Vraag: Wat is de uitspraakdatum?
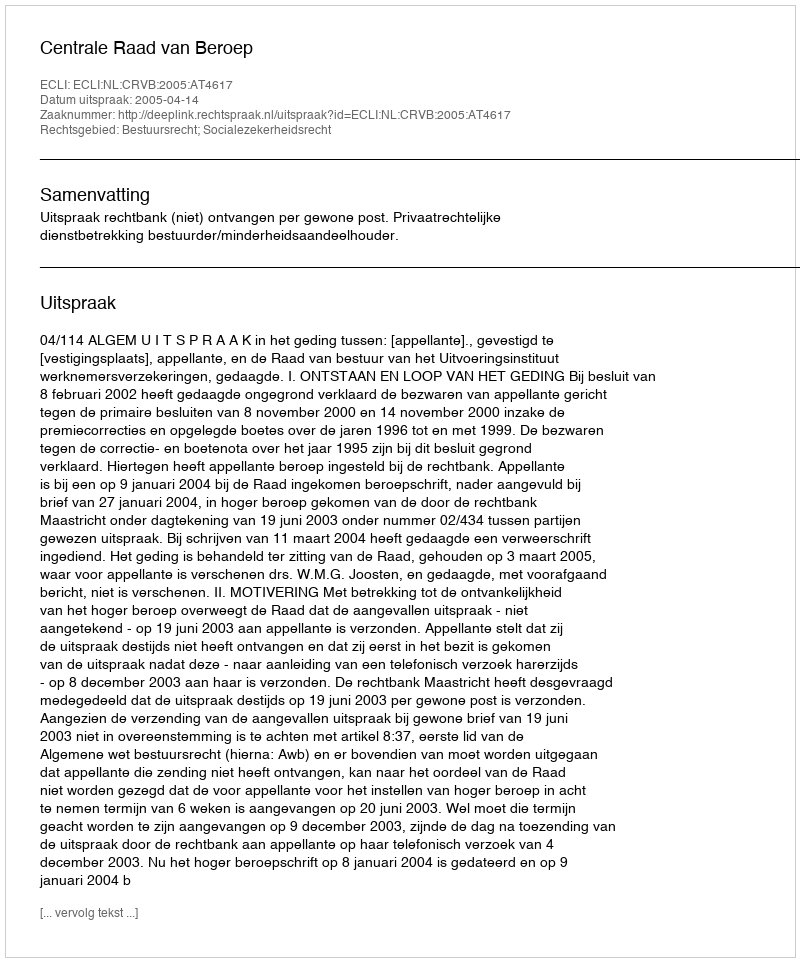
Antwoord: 2005-04-14